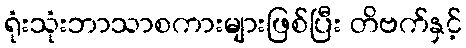
ရုံးသုံးဘာသာစကားများဖြစ်ပြီး တိဗက်နှင့်